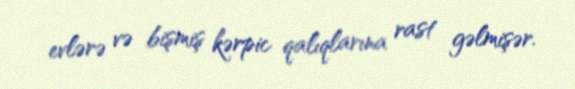
evlərə və bişmiş kərpic qalıqlarına rast gəlmişər.